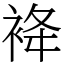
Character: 袶